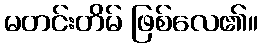
မတင်းတိမ် ဖြစ်လေ၏။